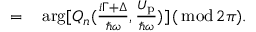
\begin{array} { r l } { = } & { { } \arg [ Q _ { n } ( \frac { i \Gamma + \Delta } { \hbar \omega } , \frac { U _ { \mathrm { p } } } { \hbar \omega } ) ] \, ( { \, \mathrm { m o d \, } } 2 \pi ) . } \end{array}